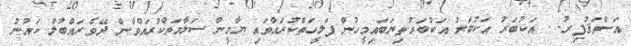
އަސްތަޤުފިރު. . އަކުބަރު އަކުބަރު އަކުބަރު.ތިޔަބައިމީހުން ފަލީހަތްކުރައްވައި ޔާމީން ސަލާމަތްކުރައްވާން ދޭވެ.ރައްބުލް ކައުނު